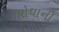
ઘોઘાની